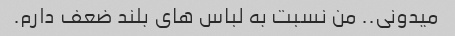
میدونی.. من نسبت به لباس های بلند ضعف دارم.